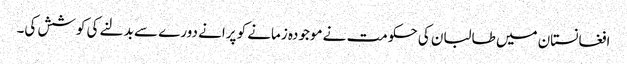
افغانستان میں طالبان کی حکومت نے موجودہ زمانے کو پرانے دورے سے بدلنے کی کوشش کی۔